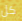
كل